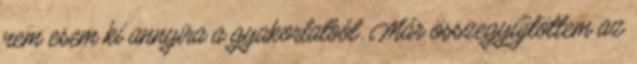
nem esem ki annyira a gyakorlatból. Már összegyűjtöttem az